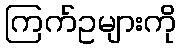
ကြက်ဥများကို